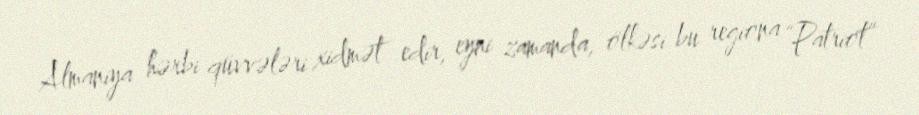
Almaniya hərbi qüvvələri xidmət edir, eyni zamanda, ölkəsi bu regiona “Patriot”